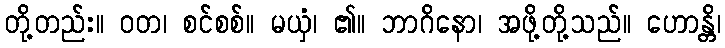
တို့တည်း။ ဝတ၊ စင်စစ်။ မယှံ၊ ၏။ ဘာဂိနော၊ အဖို့တို့သည်။ ဟောန္တိ၊